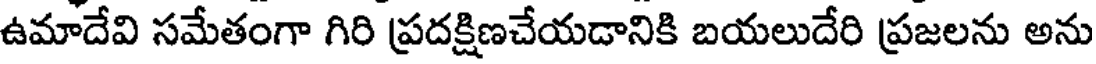
ఉమాదేవి సమేతంగా గిరి ప్రదక్షిణచేయడానికి బయలుదేరి ప్రజలను అను